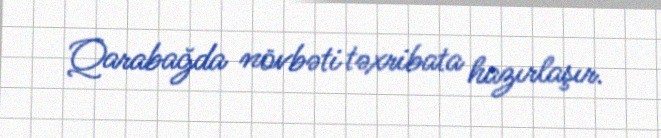
Qarabağda növbəti təxribata hazırlaşır.